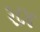
૨૮૪